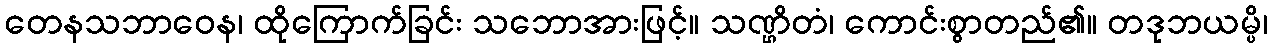
တေနသဘာဝေန၊ ထိုကြောက်ခြင်း သဘောအားဖြင့်။ သဏ္ဌိတံ၊ ကောင်းစွာတည်၏။ တဒုဘယမ္ပိ၊